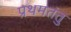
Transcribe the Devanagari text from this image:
प्रथमतंतु